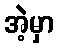
အဲ့မှာ